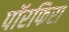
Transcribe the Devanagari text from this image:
पॉरफिरा